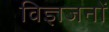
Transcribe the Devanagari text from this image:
विज्ञजनों